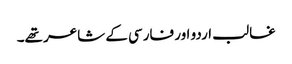
غالب اردو اور فارسی کے شاعر تھے۔